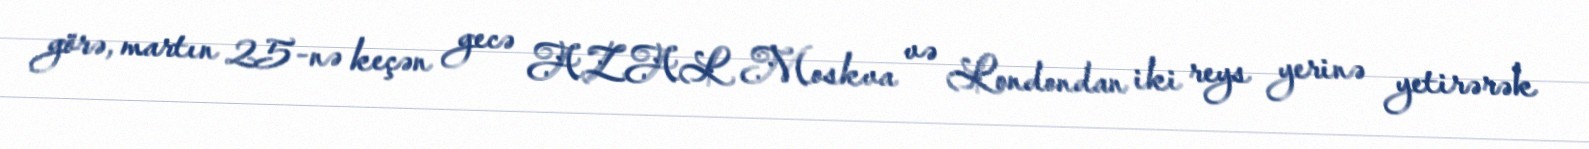
görə, martın 25-nə keçən gecə AZAL Moskva və Londondan iki reys yerinə yetirərək